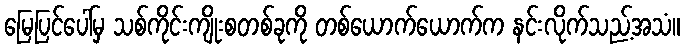
မြေပြင်ပေါ်မှ သစ်ကိုင်းကျိုးစတစ်ခုကို တစ်ယောက်ယောက်က နင်းလိုက်သည့်အသံ။